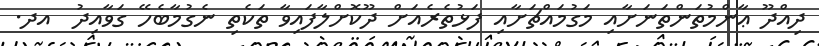
ދިއްދޫ ޢާންމުތަންތަނަށާއި މަގުމައްޗަށާއި ފަޅުތެރެއަށް ދޫކޮށްލާފައިވާ ތަކެތި ނެގުމާބެހޭ ގަވާއިދު  އދ.